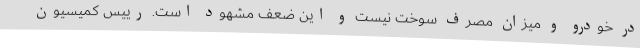
در خودرو و میزان مصرف سوخت نیست و این ضعف مشهود است. رییس کمیسیون